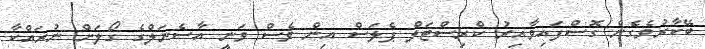
ބޭކާރުވެގެން ގޮސްފައިވާއިރު ކްރިސްޓަލް ޕެލަސް އިން ވެސް ވަނީ އާސެނަލްގެ ގޯލަށް ނުރައްކާ